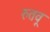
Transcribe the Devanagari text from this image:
रुतवू